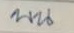
บน